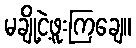
မချို့ငဲ့ဖူးကြချေ။